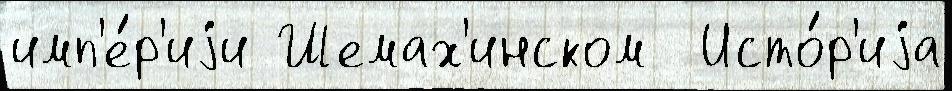
имп'е́р'иjи Шемах'инском  Исто́р'иjа